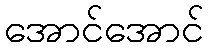
အောင်အောင်